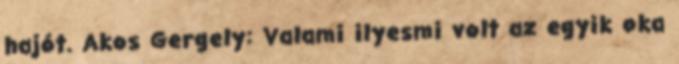
hajót. Akos Gergely: Valami ilyesmi volt az egyik oka